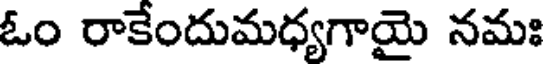
ఓం రాకేందుమధ్యగాయై నమః